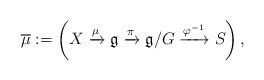
LaTeX: \begin{align*}\overline{\mu}:=\left(X\xrightarrow{\mu}\mathfrak{g}_{}\xrightarrow{\pi}\mathfrak{g}_{}/G\xrightarrow{\varphi^{-1}}S_{}\right),\end{align*}